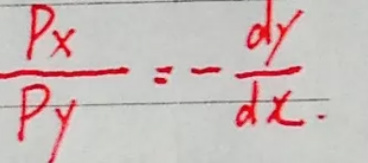
\[
\frac{P_x}{P_y}=-\frac{dy}{dx}
\]